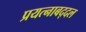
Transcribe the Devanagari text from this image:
प्रयत्नाबद्दल